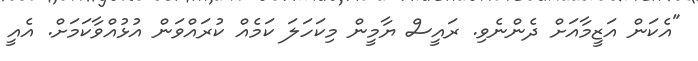
"އެކަން އަޒީމާއަށް ދެންނެވި. ރައީސް ޔާމީން މިކަހަލަ ކަމެއް ކުރައްވަން އުޅުއްވާކަމަށް. އެއީ